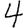
Digit: 4